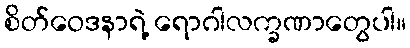
စိတ်ဝေဒနာရဲ့ ရောဂါလက္ခဏာတွေပါ။